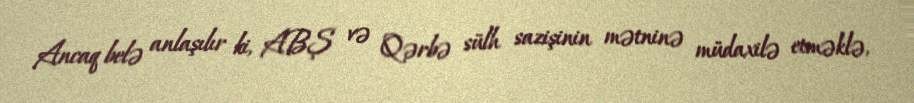
Ancaq belə anlaşılır ki, ABŞ və Qərbə sülh sazişinin mətninə müdaxilə etməklə,